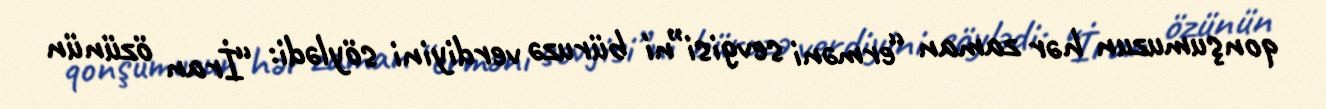
qonşumuzun hər zaman “erməni sevgisi”ni büruzə verdiyini söylədi: “İran özünün